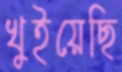
খুইয়েছি